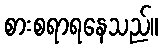
စားစရာရနေသည်။